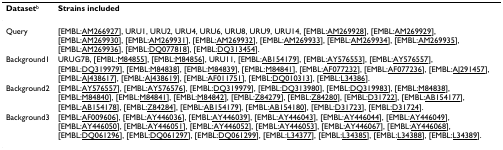
<table><thead><tr><td><b>Dataset<sup>b</sup></b></td><td><b>Strains included</b></td></tr></thead><tbody><tr><td>Query</td><td>[EMBL:AM266927], URU1, URU2, URU4, URU6, URU8, URU9, URU14, [EMBL:AM269928], [EMBL:AM269929], [EMBL:AM269930], [EMBL:AM269931], [EMBL:AM269932], [EMBL:AM269933], [EMBL:AM269934], [EMBL:AM269935], [EMBL:AM269936], [EMBL:DQ077818], [EMBL:DQ313454].</td></tr><tr><td>Background1</td><td>URUG7B, [EMBL:M84855], [EMBL:M84856], URU11, [EMBL:AB154179], [EMBL:AY576553], [EMBL:AY576557], [EMBL:DQ319979], [EMBL:M84838], [EMBL:M84839], [EMBL:M84841], [EMBL:AF077232], [EMBL:AF077236], [EMBL:AJ291457], [EMBL:AJ438617], [EMBL:AJ438619], [EMBL:AF011751], [EMBL:DQ010313], [EMBL:L34386].</td></tr><tr><td>Background2</td><td>[EMBL:AY576557], [EMBL:AY576576], [EMBL:DQ319979], [EMBL:DQ313980], [EMBL:DQ319983], [EMBL:M84838], [EMBL:M84840], [EMBL:M84841], [EMBL:M84842], [EMBL:Z84279], [EMBL:Z84280], [EMBL:D31722], [EMBL:AB154177], [EMBL:AB154178], [EMBL:Z84284], [EMBL:AB154179], [EMBL:AB154180], [EMBL:D31723], [EMBL:D31724].</td></tr><tr><td>Background3</td><td>[EMBL:AF009606], [EMBL:AY446036], [EMBL:AY446039], [EMBL:AY446043], [EMBL:AY446044], [EMBL:AY446049], [EMBL:AY446050], [EMBL:AY446051], [EMBL:AY446052], [EMBL:AY446053], [EMBL:AY446067], [EMBL:AY446068], [EMBL:DQ061296], [EMBL:DQ061297], [EMBL:DQ061299], [EMBL:L34377], [EMBL:L34385], [EMBL:L34388], [EMBL:L34389].</td></tr></tbody></table>